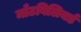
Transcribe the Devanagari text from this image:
माँटबिलियर्ड